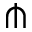
\pitchfork